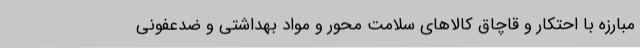
مبارزه با احتکار و قاچاق کالاهای سلامت محور و مواد بهداشتی و ضدعفونی